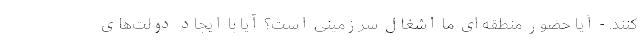
کنند. - آیا حضور منطقه‌ای ما اشغال سرزمینی است؟‌ آیا با ایجاد دولت‌های